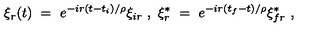
\xi _ { r } ( t ) \ = \ e ^ { - i r ( t - t _ { i } ) / \rho } \xi _ { i r } \ , \ \xi _ { r } ^ { * } \ = \ e ^ { - i r ( t _ { f } - t ) / \rho } \xi _ { f r } ^ { * } \ ,